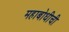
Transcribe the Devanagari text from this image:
महाबोधीची